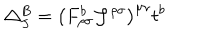
LaTeX: \triangle _ { J } ^ { B } = \left( F _ { \rho \sigma } ^ { b } { \cal { J } } ^ { \rho \sigma } \right) ^ { \mu \nu } t ^ { b }